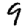
Digit: 9